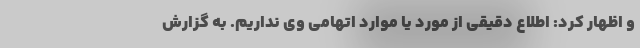
و اظهار کرد: اطلاع دقیقی از مورد یا موارد اتهامی وی نداریم. به گزارش